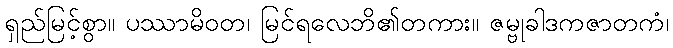
ရှည်မြင့်စွာ။ ပဿာမိဝတ၊ မြင်ရလေဘိ၏တကား။ ဇမ္ဗုခါဒကဇာတကံ၊